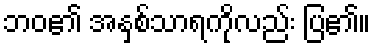
ဘဝ၏ အနှစ်သာရကိုလည်း ပြ၏။